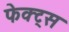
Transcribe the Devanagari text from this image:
फेक्ट्स